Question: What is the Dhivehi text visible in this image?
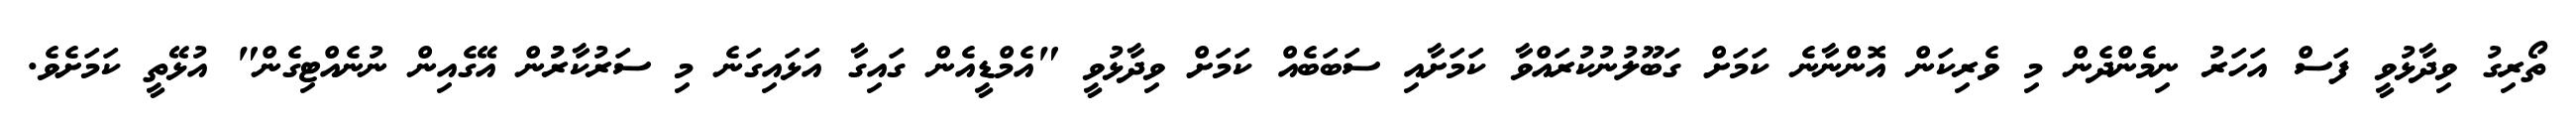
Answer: ތޯރިގު ވިދާޅުވީ ފަސް އަހަރު ނިމެންދެން މި ވެރިކަން އޮންނާނެ ކަމަށް ގަބޫލުނުކުރައްވާ ކަމަށާއި ސަބަބެއް ކަމަށް ވިދާޅުވީ "އެމްޑީއެން ގައިގާ އަޅައިގަނެ މި ސަރުކާރުުން އޭގެއިން ނުނެއްޓިގެން" އުޅޭތީ ކަމަށެވެ.